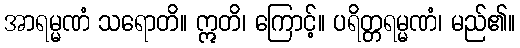
အာရမ္မဏံ သရောတိ။ ဣတိ၊ ကြောင့်။ ပရိတ္တရမ္မဏံ၊ မည်၏။